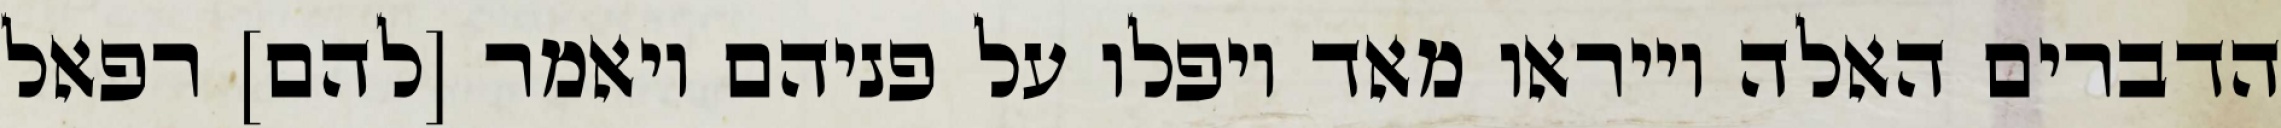
הדברים האלה וייראו מאד ויפלו על פניהם ויאמר [להם] רפאל